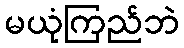
မယုံကြည်ဘဲ